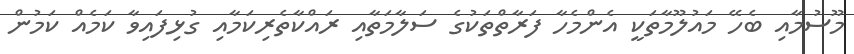
މޫސުމާއި ބެހޭ މައުލޫމާތަކީ އެންމެހާ ފަރާތްތަކުގެ ސަލާމަތާއި ރައްކާތެރިކަމާއި ގުޅިފައިވާ ކަމެއް ކަމުން